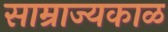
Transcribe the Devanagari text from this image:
साम्राज्यकाळ